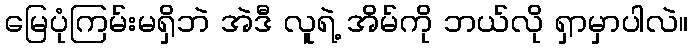
မြေပုံကြမ်းမရှိဘဲ အဲဒီ လူရဲ့ အိမ်ကို ဘယ်လို ရှာမှာပါလဲ။